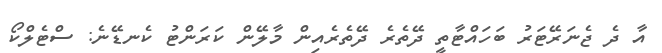
އާ ދެ ޖެނަރޭޓަރު ބަހައްޓާތީ ދޭތެރެ ދޭތެރެއިން މާލޭން ކަރަންޓު ކެނޑޭނެ: ސްޓެލްކޯ